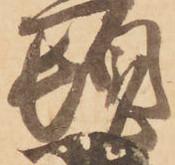
頓